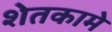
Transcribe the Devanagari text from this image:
शेतकामे